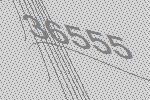
36555